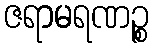
ဇရာမရဏဉ္စ